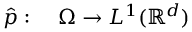
\begin{array} { r l } { \hat { p } : \ } & { { } \Omega \to L ^ { 1 } ( \mathbb R ^ { d } ) } \end{array}